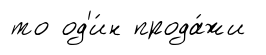
то од'и́н прода́жи